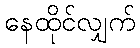
နေထိုင်လျှက်